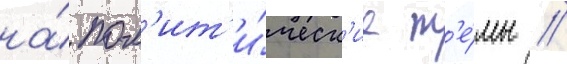
на́ пол'ит'и́ческ'ие т'е́мы //